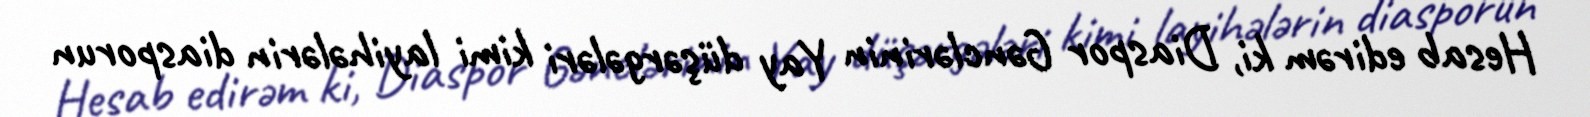
Hesab edirəm ki, Diaspor Gənclərinin Yay düşərgələri kimi layihələrin diasporun